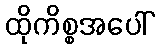
ထိုကိစ္စအပေါ်